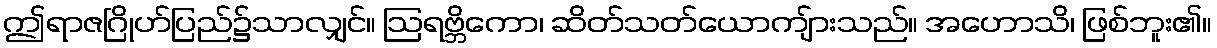
ဤရာဇဂြိုဟ်ပြည်၌သာလျှင်။ ဩရဗ္ဘိကော၊ ဆိတ်သတ်ယောကျ်ားသည်။ အဟောသိ၊ ဖြစ်ဘူး၏။